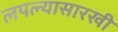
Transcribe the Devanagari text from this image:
लपल्यासारखी